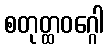
စတုတ္ထဝဂ္ဂေါ